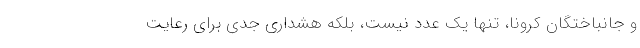
و جانباختگان کرونا، تنها یک عدد نیست، بلکه هشداری جدی برای رعایت